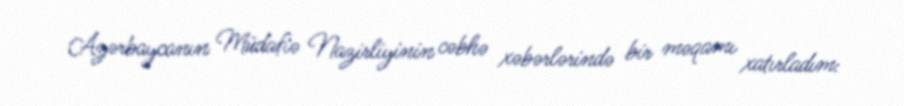
Azərbaycanın Müdafiə Nazirliyinin cəbhə xəbərlərində bir məqamı xatırladım: